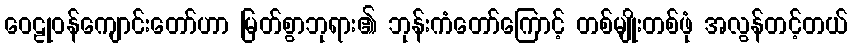
ဝေဠုဝန်ကျောင်းတော်ဟာ မြတ်စွာဘုရား၏ ဘုန်းကံတော်ကြောင့် တစ်မျိုးတစ်ဖုံ အလွန်တင့်တယ်